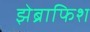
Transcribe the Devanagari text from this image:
झेब्राफिश